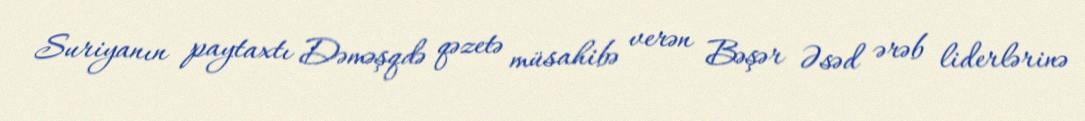
Suriyanın paytaxtı Dəməşqdə qəzetə müsahibə verən Bəşər Əsəd ərəb liderlərinə